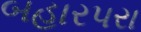
બહારપરા